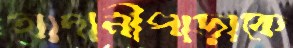
আদানীপাড়াকে